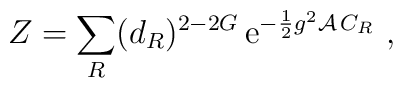
Z = \sum_R (d_R)^{2-2G}\, {\rm e}^{-{1\over 2}g^2{\cal A}\, C_R}~,